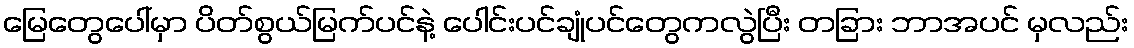
မြေတွေပေါ်မှာ ပိတ်စွယ်မြက်ပင်နဲ့ ပေါင်းပင်ချုံပင်တွေကလွဲပြီး တခြား ဘာအပင် မှလည်း